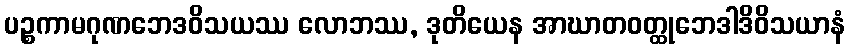
ပဉ္စကာမဂုဏဘေဒဝိသယဿ လောဘဿ, ဒုတိယေန အာဃာတဝတ္ထုဘေဒါဒိဝိသယာနံ